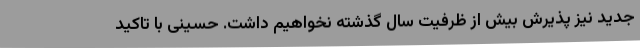
جدید نیز پذیرش بیش از ظرفیت سال گذشته نخواهیم داشت. حسینی با تاکید